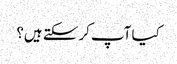
کیا آپ کر سکتے ہیں؟